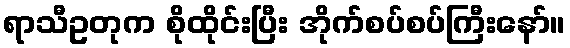
ရာသီဥတုက စိုထိုင်းပြီး အိုက်စပ်စပ်ကြီးနော်။